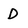
Character: D